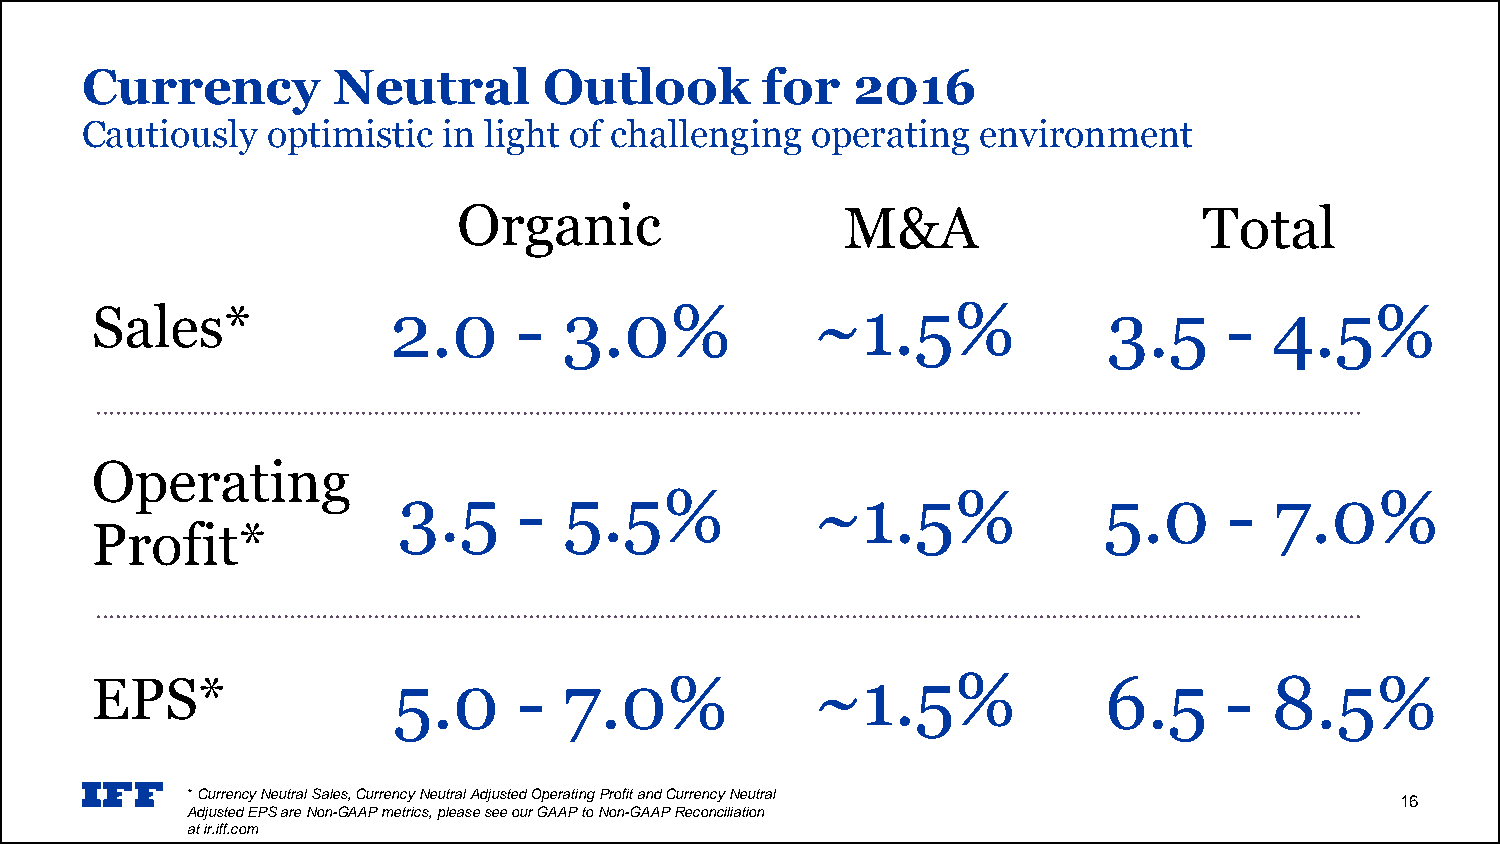
Currency         Neutral       Outlook        for  2016
 Cautiously   optimistic in light of challenging  operating  environment
 Organic                   M&A                     Total
 Sales*              2.0     -  3.0%             ~1.5%              3.5     -  4.5%
 Operating
 3.5     -  5.5%             ~1.5%              5.0     -  7.0%
 Profit*
 EPS*                5.0     -  7.0%             ~1.5%              6.5     -  8.5%
 * Currency Neutral Sales, Currency Neutral Adjusted Operating Profit and Currency Neutral 16
 Adjusted EPS are Non-GAAP metrics, please see our GAAP to Non-GAAP Reconciliation
 at ir.iff.com